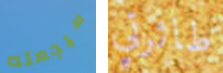
سيجعله طائرتي